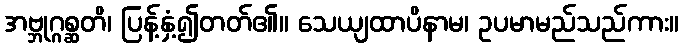
အဗ္ဘုဂ္ဂစ္ဆတိ၊ ပြန့်နှံ့၍တတ်၏။ သေယျထာပိနာမ၊ ဥပမာမည်သည်ကား။